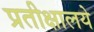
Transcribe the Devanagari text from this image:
प्रतीक्षालये